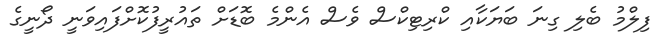
ފިލްމު ބެލި ގިނަ ބަޔަކާއި ކްރިޓިކްސް ވެސް އެންމެ ބޮޑަށް ތައުރީފުކޮށްފައިވަނީ ދޯނީގެ